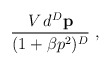
\begin{align*}\frac{V\,d^D\mathbf{p}}{(1+\beta p^2)^D} \;,\end{align*}